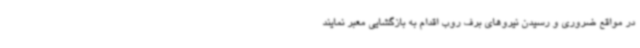
در مواقع ضروری و رسیدن نیروهای برف روب اقدام به بازگشایی معبر نمایند